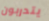
يتدربون